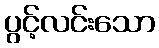
ပွင့်လင်းသော